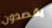
يقصدون